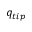
q _ { t i p }